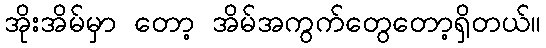
အိုးအိမ်မှာ တော့ အိမ်အကွက်တွေတော့ရှိတယ်။